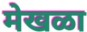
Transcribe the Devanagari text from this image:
मेखळा